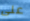
على